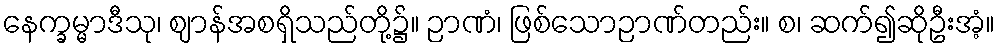
နေက္ခမ္မာဒီသု၊ ဈာန်အစရှိသည်တို့၌။ ဉာဏံ၊ ဖြစ်သောဉာဏ်တည်း။ စ၊ ဆက်၍ဆိုဦးအံ့။